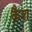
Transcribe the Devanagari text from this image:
क़ैश